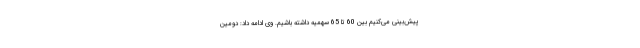
پیش‌بینی می‌کنیم بین 60 تا 65 سهمیه داشته باشیم. وی ادامه داد: دومین